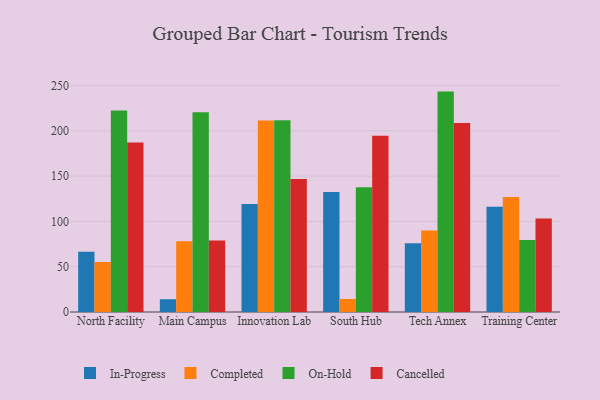
{"axis": {"x": "Campus", "y": "Headcount"}, "legend": ["Cancelled", "Completed", "In-Progress", "On-Hold"], "data": [{"x": "North Facility", "y": 66.6, "type": "In-Progress"}, {"x": "North Facility", "y": 55.2, "type": "Completed"}, {"x": "North Facility", "y": 222.4, "type": "On-Hold"}, {"x": "North Facility", "y": 187.0, "type": "Cancelled"}, {"x": "Main Campus", "y": 14.1, "type": "In-Progress"}, {"x": "Main Campus", "y": 78.1, "type": "Completed"}, {"x": "Main Campus", "y": 220.4, "type": "On-Hold"}, {"x": "Main Campus", "y": 79.0, "type": "Cancelled"}, {"x": "Innovation Lab", "y": 119.2, "type": "In-Progress"}, {"x": "Innovation Lab", "y": 211.4, "type": "Completed"}, {"x": "Innovation Lab", "y": 211.8, "type": "On-Hold"}, {"x": "Innovation Lab", "y": 146.8, "type": "Cancelled"}, {"x": "South Hub", "y": 132.5, "type": "In-Progress"}, {"x": "South Hub", "y": 14.4, "type": "Completed"}, {"x": "South Hub", "y": 137.8, "type": "On-Hold"}, {"x": "South Hub", "y": 194.7, "type": "Cancelled"}, {"x": "Tech Annex", "y": 76.0, "type": "In-Progress"}, {"x": "Tech Annex", "y": 90.0, "type": "Completed"}, {"x": "Tech Annex", "y": 243.3, "type": "On-Hold"}, {"x": "Tech Annex", "y": 208.7, "type": "Cancelled"}, {"x": "Training Center", "y": 116.1, "type": "In-Progress"}, {"x": "Training Center", "y": 126.9, "type": "Completed"}, {"x": "Training Center", "y": 79.4, "type": "On-Hold"}, {"x": "Training Center", "y": 103.2, "type": "Cancelled"}]}